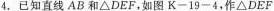
4.已知直线AB和\bigtriangleupDEF，如图K-19-4，作\bigtriangleupDEF